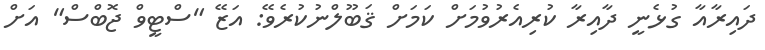
ދައިރާއާ ގުޅެނީ ދާއިރާ ކުރިއެރުވުމަށް ކަމަށް ޤަބޫލްނުކުރެވޭ: އަޒޭ "ސްޓީވް ޖޮބްސް" އަށް